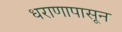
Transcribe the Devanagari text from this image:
धराणापासून